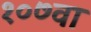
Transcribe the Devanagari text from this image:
१०७वा